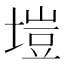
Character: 塏